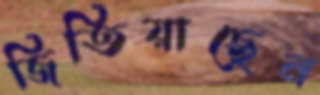
জিতিয়াছেন